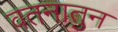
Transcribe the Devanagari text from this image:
वतनातुन